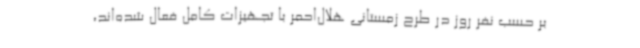
بر حسب نفر روز در طرح زمستانی هلال‌احمر با تجهیزات کامل فعال شده‌اند،